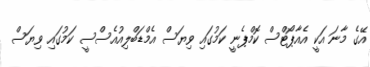
އޭގެ މާނަ އަކީ އެއާޕޯޓްސް ކޮމްޕެނީ ކަމުގައި ވިޔަސް އެމްޑަބްލިއުއެސްސީ ކަމުގައި ވިޔަސް